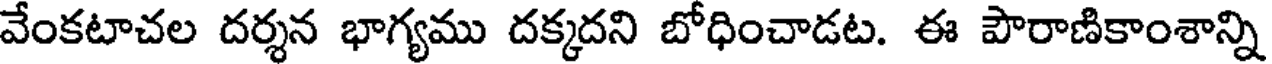
వేంకటాచల దర్శన భాగ్యము దక్కదని బోధించాడట. ఈ పౌరాణికాంశాన్ని